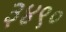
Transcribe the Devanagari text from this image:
३४९०